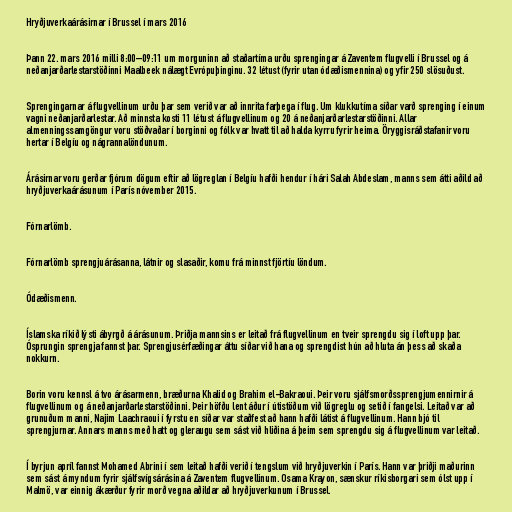
Hryðjuverkaárásirnar í Brussel í mars 2016

Þann 22. mars 2016 milli 8:00–09:11 um morguninn að staðartíma urðu sprengingar á Zaventem flugvelli í Brussel og á
neðanjarðarlestarstöðinni Maalbeek nálægt Evrópuþinginu. 32 létust (fyrir utan ódæðismennina) og yfir 250 slösuðust.

Sprengingarnar á flugvellinum urðu þar sem verið var að innrita farþega í flug. Um klukkutíma síðar varð sprenging í einum
vagni neðanjarðarlestar. Að minnsta kosti 11 létust á flugvellinum og 20 á neðanjarðarlestarstöðinni. Allar
almenningssamgöngur voru stöðvaðar í borginni og fólk var hvatt til að halda kyrru fyrir heima. Öryggisráðstafanir voru
hertar í Belgíu og nágrannalöndunum.

Árásirnar voru gerðar fjórum dögum eftir að lögreglan í Belgíu hafði hendur í hári Salah Abdeslam, manns sem átti aðild að
hryðjuverkaárásunum í París nóvember 2015.

Fórnarlömb.

Fórnarlömb sprengjuárásanna, látnir og slasaðir, komu frá minnst fjörtíu löndum.

Ódæðismenn.

Íslamska ríkið lýsti ábyrgð á árásunum. Þriðja mannsins er leitað frá flugvellinum en tveir sprengdu sig í loft upp þar.
Ósprungin sprengja fannst þar. Sprengjusérfæðingar áttu síðar við hana og sprengdist hún að hluta án þess að skaða
nokkurn.

Borin voru kennsl á tvo árásarmenn, bræðurna Khalid og Brahim el-Bakraoui. Þeir voru sjálfsmorðssprengjumennirnir á
flugvellinum og á neðanjarðarlestarstöðinni. Þeir höfðu lent áður í útistöðum við lögreglu og setið í fangelsi. Leitað var að
grunuðum manni, Najim Laachraoui í fyrstu en síðar var staðfest að hann hafði látist á flugvellinum. Hann bjó til
sprengjurnar. Annars manns með hatt og gleraugu sem sást við hliðina á þeim sem sprengdu sig á flugvellinum var leitað.

Í byrjun apríl fannst Mohamed Abrini í sem leitað hafði verið í tengslum við hryðjuverkin í París. Hann var þriðji maðurinn
sem sást á myndum fyrir sjálfsvígsárásina á Zaventem flugvellinum. Osama Krayon, sænskur ríkisborgari sem ólst upp í
Malmö, var einnig ákærður fyrir morð vegna aðildar að hryðjuverkunum í Brussel.